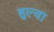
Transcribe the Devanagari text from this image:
हुल्वा